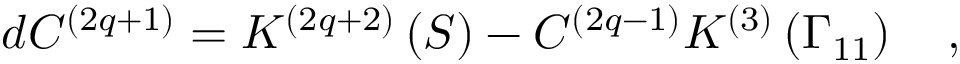
d C ^ { \left( 2 q + 1 \right) } = K ^ { \left( 2 q + 2 \right) } \left( S \right) - C ^ { \left( 2 q - 1 \right) } K ^ { \left( 3 \right) } \left( \Gamma _ { 1 1 } \right) \quad ,